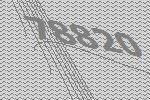
78820